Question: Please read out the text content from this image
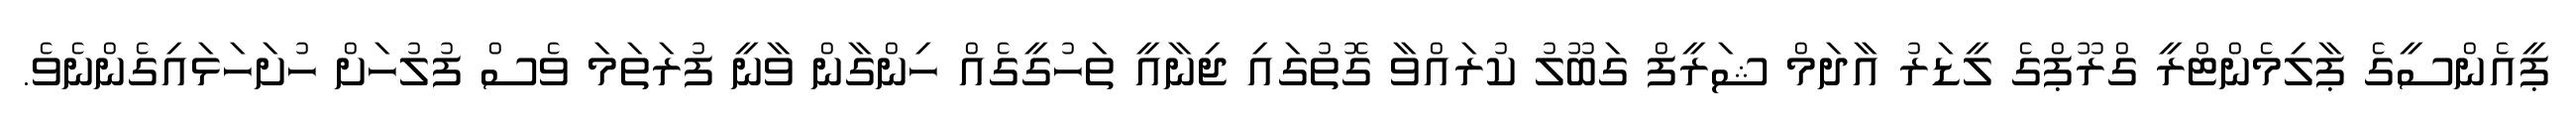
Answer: ޕީއެންސީގެ ޕާލިމެންޓްރީ ގްރޫޕްގެ ލީޑަރު އާދަމް ޝަރީފް ގަބޫލު ކުރައްވާ ގޮތުގައި ޖިނާއީ ތަހުގީގެއް ހިންގާން ވާނީ ފުރަތަމަ ވެސް ފުލުހަށް ހުށަހަޅައިގެންނެވެ.